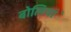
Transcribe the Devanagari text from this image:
बोलियांे